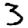
Digit: 3